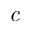
\mathit { c }